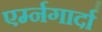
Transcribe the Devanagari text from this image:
एर्म्नगार्दा